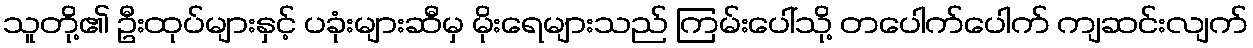
သူတို့၏ ဦးထုပ်များနှင့် ပခုံးများဆီမှ မိုးရေများသည် ကြမ်းပေါ်သို့ တပေါက်ပေါက် ကျဆင်းလျက်